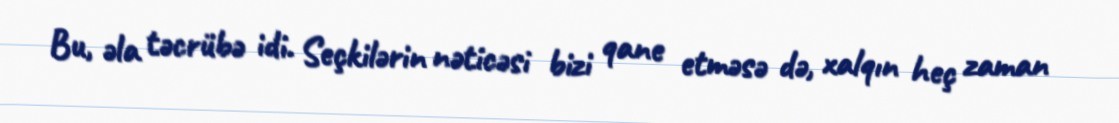
Bu, əla təcrübə idi. Seçkilərin nəticəsi bizi qane etməsə də, xalqın heç zaman